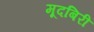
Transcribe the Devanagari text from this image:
मूदबिरी